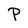
Character: P